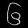
Digit: ၆